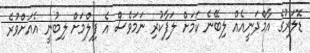
ޑޮލަރުގެ އާމްދަނީއެއް ލިބޭނެ ކަަމަށް ލަފާކުރި ނަމަވެސް އެ ފިލްމަށް ލިބުނީ އެއަށްވުރެ